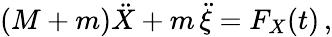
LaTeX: (M+m)\ddot{X}+m\, \ddot{\xi}=F_{X}(t)\, ,